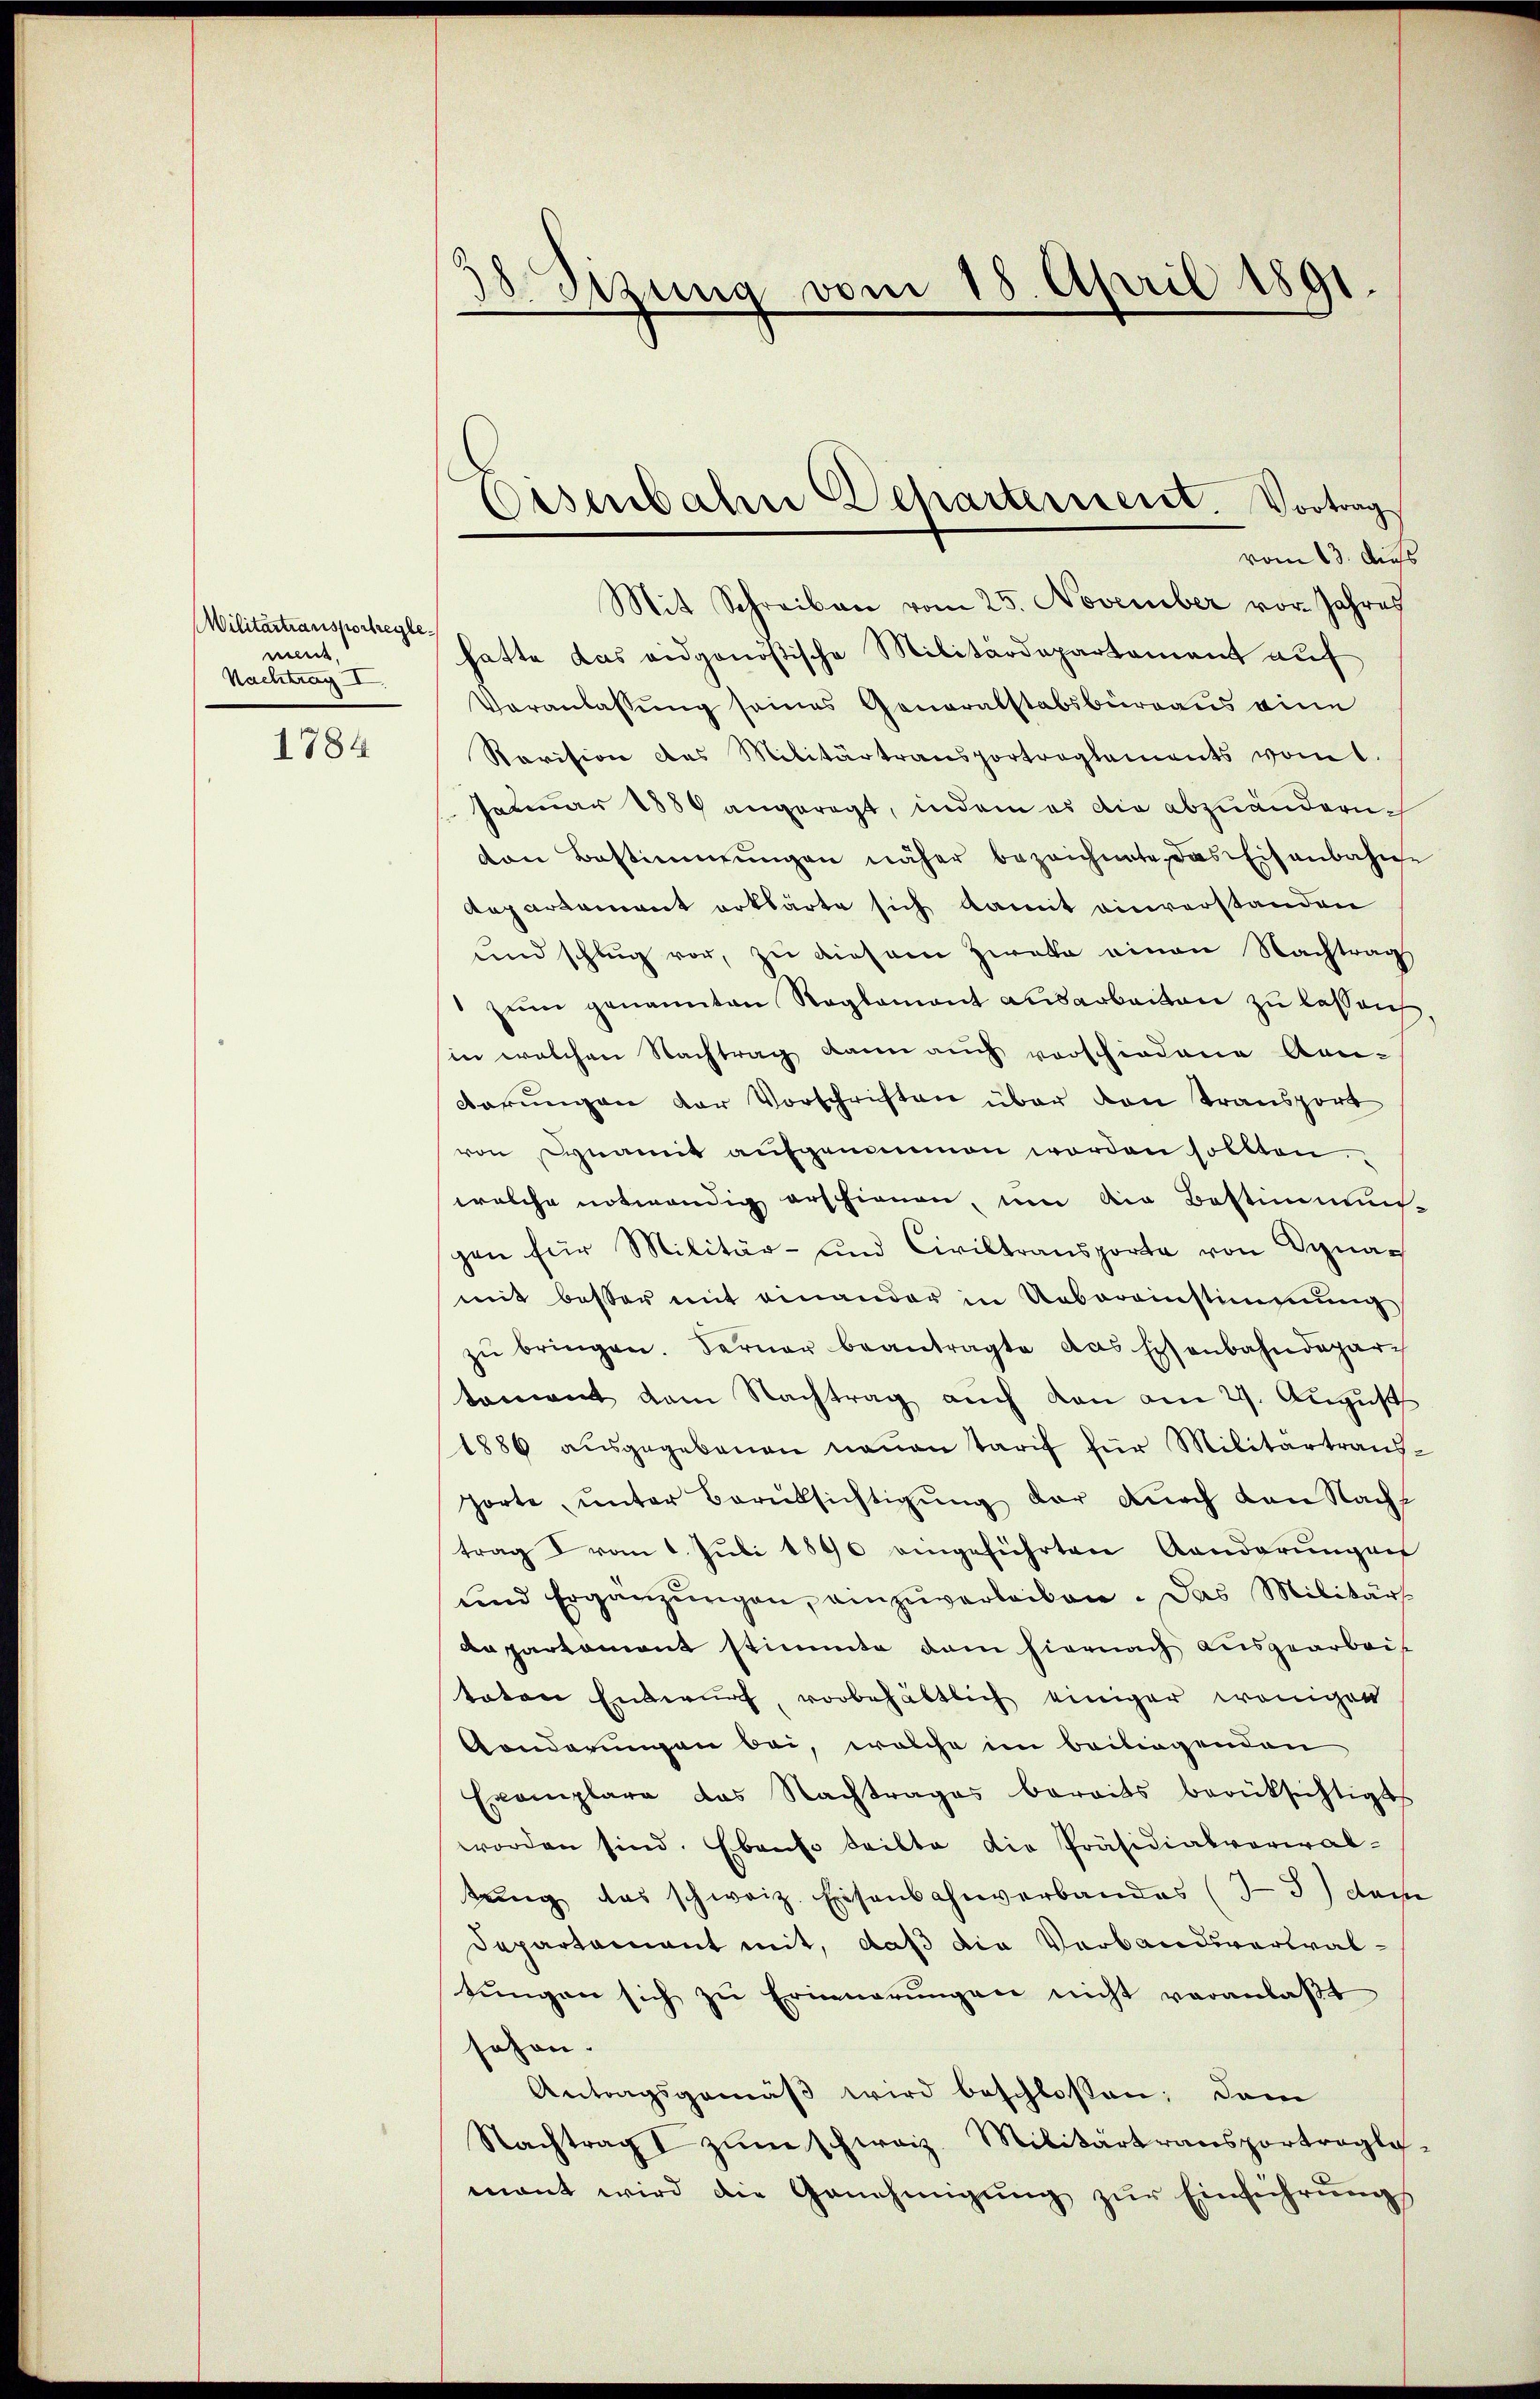
Militärtransportreglewert
Nachtrag I

1784

38 Sizung vom 18. April 1891.

Eisenbahne Departement. Vortrag
vom 13. Auss

Mit Schreiben vom 25. November vor. Jahres
hatte das eidgenößische Militärdepartement auf
Veranlassung seines Generalstabsburgaus eine
Ravision das Militärtransportreglements vom 1.
Jetmar 1889 angeregt, indem es die abzuändern
von Bestimmungen näher bezeichnete das Eisenbahne
Augartement erklärte sich damit einverstanden
und schlug vor, zu diesem Zweke einen Nachtrag
 zŭm genannten Reglement ausarbeiten zu lassen
in welchen Nachtrag kann auch vorschiedene An-
darungen der Vorschriften über den Transport
von synamit aufgenommen worden sollten.
welche notwendig erschienen, um die Bestimmun-
gen für Militär- und Civiltransporte von Synar
mit besser mit einander in Uebereinstimmung
zŭ bringen. Ferner beantragte das Eisenbahndepartoment dem Nachtrag auch den am 29. August
1886 aŭsgegebenen neuen Tarif für Militärtrans-
horte unter Berüksichtigung der durch den Nachtrag vom 1. Juli 1890 eingeführten Aenderungen
und Ergänzŭngen, einzŭverleiben. Das Militärs
departement stimmte dem hiernach ausgearbeis
taten Entwurf, vorbehältlich einiger weniger
Gonderungen bei, welche im beiligenden
Exemplare das Nachtrages bereits berüksichtigt
worden sind. Ebenso teilte die Präsidialvorwal-
tŭng das schweiz. Eisenbahnverbandes (35) dem
Departament mit, daß die Verbandsverwaltŭngen sich zŭ Erinnerungen nicht veranlaßt
sehen.
Antragsgemäβ wird beschlossen; dem
Nachtrag zŭm schweiz. Militärtransportragli-
mant wird die Genehmigŭng zŭr Einführŭng